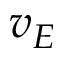
v _ { E }